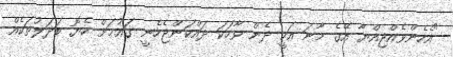
"އެހެންވެއްޖިއްޔާ އޭގެ މާނަ އަކީ ދެން ވާހަކަ ދައްކަންޖެހެނީ ގައުމަށް ހެޔޮ ބަދަލުތަކެއް